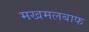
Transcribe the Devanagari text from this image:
मखमलबाफ